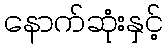
နောက်ဆုံးနှင့်